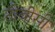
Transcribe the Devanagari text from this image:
टीबीसी